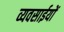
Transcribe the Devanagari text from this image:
व्यवसाईयों